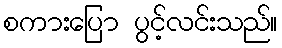
စကားပြော ပွင့်လင်းသည်။